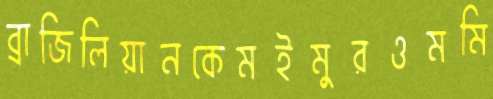
ব্রাজিলিয়ানকেমইমুরওমমি